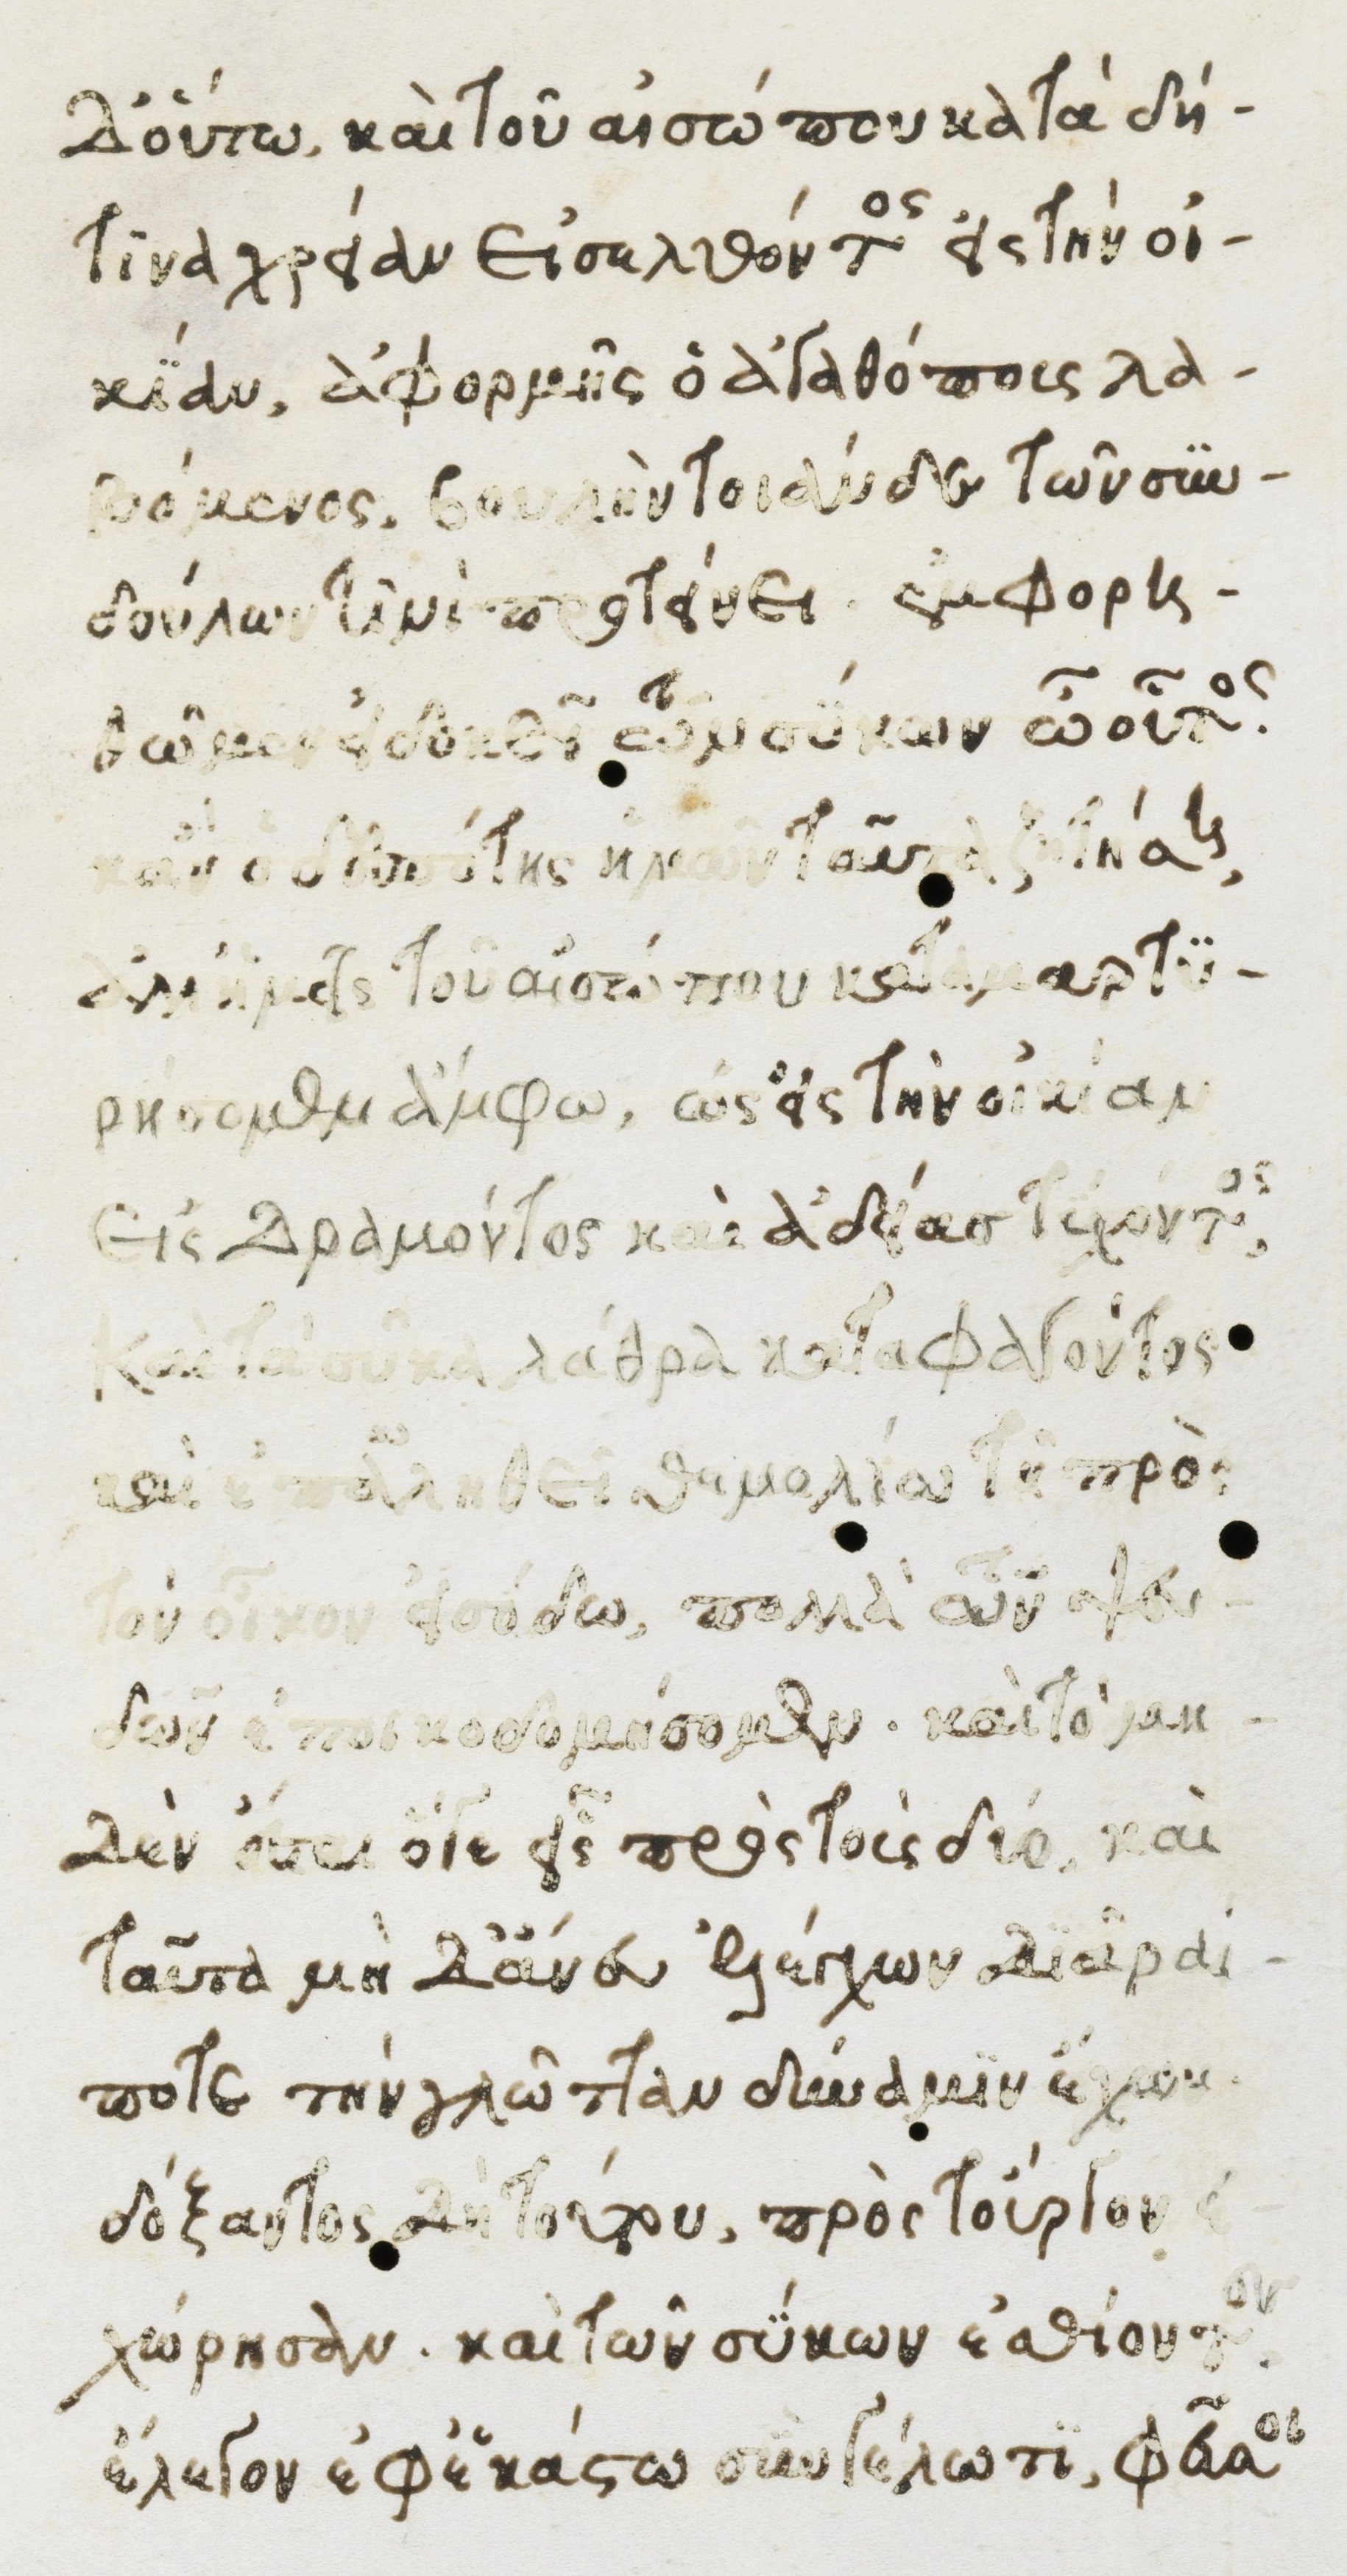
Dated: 1482–1485